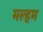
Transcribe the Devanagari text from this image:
मल्हम